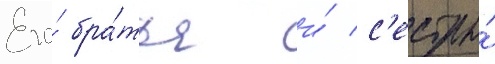
Его́ бра́тья и́ с'естры́